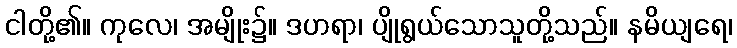
ငါတို့၏။ ကုလေ၊ အမျိုး၌။ ဒဟရာ၊ ပျိုရွယ်သောသူတို့သည်။ နမိယျရေ၊